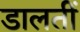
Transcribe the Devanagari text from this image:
डालतीं